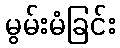
မွမ်းမံခြင်း